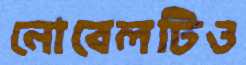
নোবেলটিও